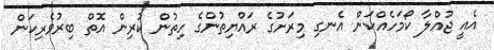
އެއީ ޖުއްލާ ކޯމަހެއްކަން އެނގި މިރަށުގެ ރައްޔިތުންގެ ހިތުން ކުރިން އޮތް ބިރުވެރިކަން